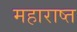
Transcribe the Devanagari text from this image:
महाराष्त